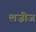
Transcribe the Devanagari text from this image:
लज़ीज